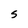
Character: s